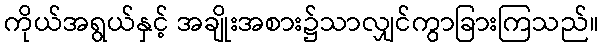
ကိုယ်အရွယ်နှင့် အချိုးအစား၌သာလျှင်ကွာခြားကြသည်။